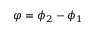
\varphi = \phi _ { 2 } - \phi _ { 1 }